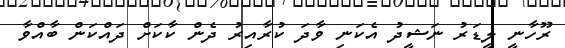
ރޫހާނީ ލީޑަރު ނަޝީދު އެކަނި ވާދަ ކުރާއިރު ދެން ކާކަށް ދައްކަން ބާއްވާ